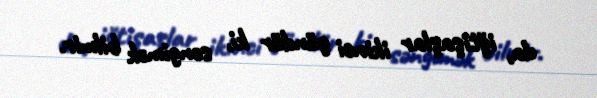
da, iğtişaşlar ikinci gündür ki, səngimək bilmir.